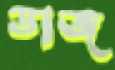
ডাজ